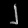
Digit: ၂